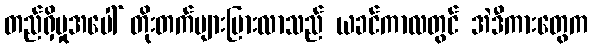
တည်ရှိမှုအပေါ် တိုးတက်များပြားလာသည် ယခင်ကာလတွင် အဲဒီကားတွေက